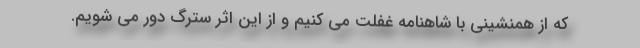
که از همنشینی با شاهنامه غفلت می کنیم و از این اثر سترگ دور می شویم.